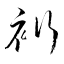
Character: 裄